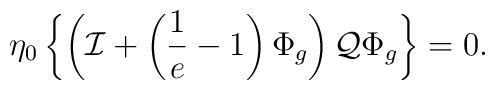
\eta_0 \left\{ \left( {\cal I} + \left( \frac{1}{e} - 1 \right) \Phi_{g} \right) {\cal Q} \Phi_{g} \right\} =0.